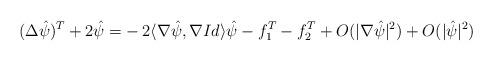
LaTeX: \begin{align*}(\Delta \hat{\psi})^T + 2 \hat{\psi} = & - 2\langle\nabla \hat{\psi} ,\nabla Id \rangle \hat{\psi} - f_1^T - f_2^T + O(| \nabla \hat{\psi}|^2)+O(|\hat{\psi}|^2) \end{align*}